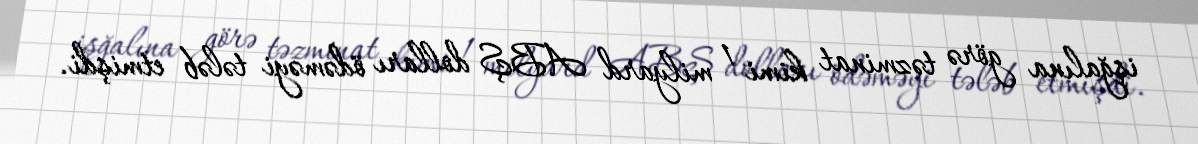
işğalına görə təzminat kimi 1 milyard ABŞ dolları ödəməyi tələb etmişdi.